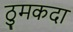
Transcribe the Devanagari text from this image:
ठुमकदा